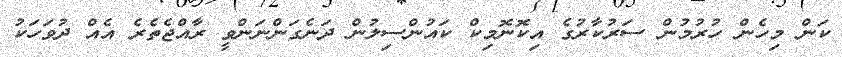
ކަން މިހެން ހުރުމުން ސަރުކާރުގެ އިކޮނޮމިކް ކައުންސިލުން ދަނެގަންނަންވީ ރާއްޖެތެރެ އެއް ދުވަހަކު